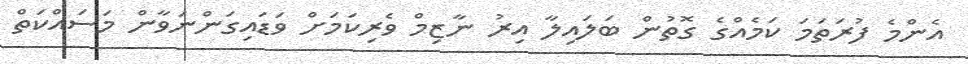
އެންމެ ފުރަތަމަ ކަމެއްގެ ގޮތުން ބަލައިލާ އިރު ނާޒިމް ވެރިކަމަށް ވަޑައިގަންނަވާން މަސައްކަތް